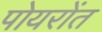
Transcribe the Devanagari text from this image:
पोयरोंत